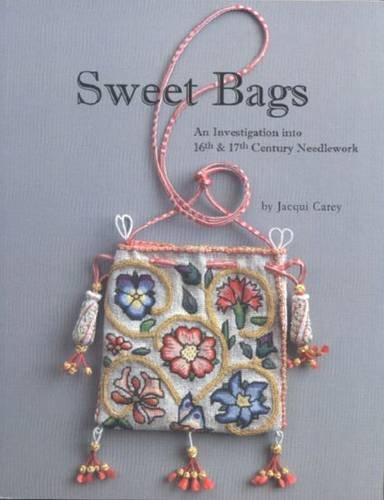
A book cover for Sweet Bags; Jacqui Carey; Arts & Photography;